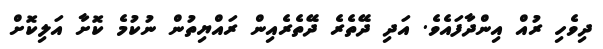
ދިވެހި ރުއް އިންދާފައެވެ. އަދި ދޭތެރެ ދޭތެރެއިން ރައްޔިތުން ނުކުމެ ކޮށާ އަލިކޮށް